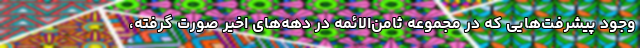
وجود پیشرفت‌هایی که در مجموعه ثامن‌الائمه در دهه‌های اخیر صورت گرفته،